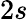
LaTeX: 2s